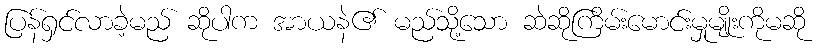
ပြန်ရှင်လာခဲ့မည် ဆိုပါက အာယနဲ၏ မည်သို့သော ဆဲဆိုကြိမ်းမောင်းမှုမျိုးကိုမဆို